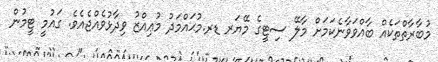
މުބާރާތްތަކެއް ބާއްވަވާނެކަމަށް މާލޭ ސިޓީގެ މޭޔަރ ޑރ.މުޙައްމަދު މުޢިއްޒު ވިދާޅުވެއްޖެއެވެ. ގައުމީ ޓީމުން